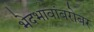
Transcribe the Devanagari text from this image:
भेदभावांबरोबर